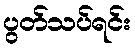
ပွတ်သပ်ရင်း